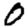
Digit: 0